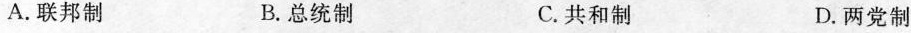
A.联邦制 B.总统制 C.共和制 D.两党制